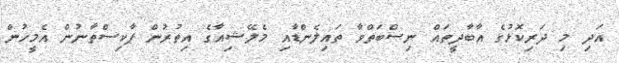
އަދި މި ދަރިކޮޅުގެ އާބާދީތައް ނިސްބަތްވާ ތައިލެންޑާއި މެލޭޝިއާގެ އިތުރުން ޕާކިސްތާނުން އެމީހުން